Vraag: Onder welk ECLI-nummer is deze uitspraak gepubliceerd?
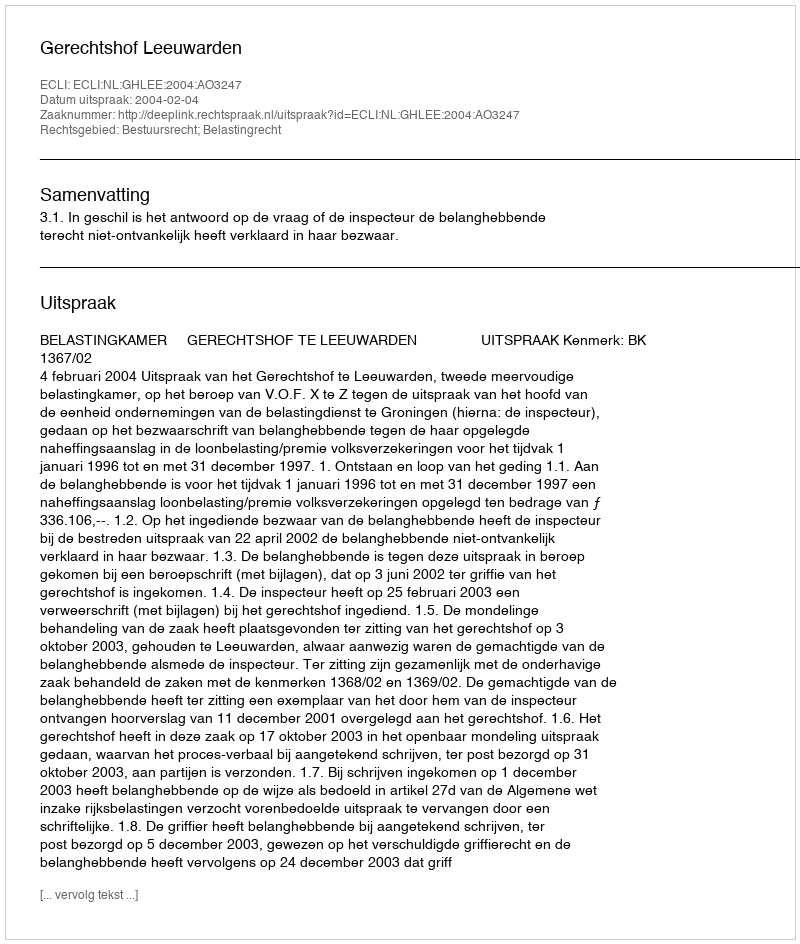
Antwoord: ECLI:NL:GHLEE:2004:AO3247